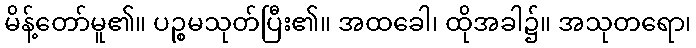
မိန့်တော်မူ၏။ ပဉ္စမသုတ်ပြီး၏။ အထခေါ၊ ထိုအခါ၌။ အသုတရော၊